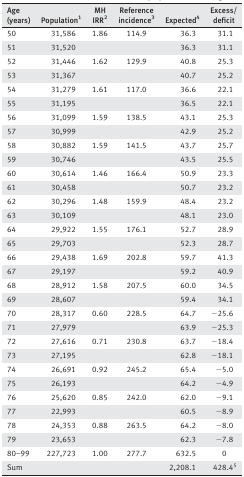
<table><thead><tr><td><b>Age (years)</b></td><td><b>Population1</b></td><td><b>MH IRR2</b></td><td><b>Reference incidence3</b></td><td><b>Expected4</b></td><td><b>Excess/deficit</b></td></tr></thead><tbody><tr><td>50</td><td>31,586</td><td>1.86</td><td>114.9</td><td>36.3</td><td>31.1</td></tr><tr><td>51</td><td>31,520</td><td></td><td></td><td>36.3</td><td>31.1</td></tr><tr><td>52</td><td>31,446</td><td>1.62</td><td>129.9</td><td>40.8</td><td>25.3</td></tr><tr><td>53</td><td>31,367</td><td></td><td></td><td>40.7</td><td>25.2</td></tr><tr><td>54</td><td>31,279</td><td>1.61</td><td>117.0</td><td>36.6</td><td>22.1</td></tr><tr><td>55</td><td>31,195</td><td></td><td></td><td>36.5</td><td>22.1</td></tr><tr><td>56</td><td>31,099</td><td>1.59</td><td>138.5</td><td>43.1</td><td>25.3</td></tr><tr><td>57</td><td>30,999</td><td></td><td></td><td>42.9</td><td>25.2</td></tr><tr><td>58</td><td>30,882</td><td>1.59</td><td>141.5</td><td>43.7</td><td>25.7</td></tr><tr><td>59</td><td>30,746</td><td></td><td></td><td>43.5</td><td>25.5</td></tr><tr><td>60</td><td>30,614</td><td>1.46</td><td>166.4</td><td>50.9</td><td>23.3</td></tr><tr><td>61</td><td>30,458</td><td></td><td></td><td>50.7</td><td>23.2</td></tr><tr><td>62</td><td>30,296</td><td>1.48</td><td>159.9</td><td>48.4</td><td>23.2</td></tr><tr><td>63</td><td>30,109</td><td></td><td></td><td>48.1</td><td>23.0</td></tr><tr><td>64</td><td>29,922</td><td>1.55</td><td>176.1</td><td>52.7</td><td>28.9</td></tr><tr><td>65</td><td>29,703</td><td></td><td></td><td>52.3</td><td>28.7</td></tr><tr><td>66</td><td>29,438</td><td>1.69</td><td>202.8</td><td>59.7</td><td>41.3</td></tr><tr><td>67</td><td>29,197</td><td></td><td></td><td>59.2</td><td>40.9</td></tr><tr><td>68</td><td>28,912</td><td>1.58</td><td>207.5</td><td>60.0</td><td>34.5</td></tr><tr><td>69</td><td>28,607</td><td></td><td></td><td>59.4</td><td>34.1</td></tr><tr><td>70</td><td>28,317</td><td>0.60</td><td>228.5</td><td>64.7</td><td>−25.6</td></tr><tr><td>71</td><td>27,979</td><td></td><td></td><td>63.9</td><td>−25.3</td></tr><tr><td>72</td><td>27,616</td><td>0.71</td><td>230.8</td><td>63.7</td><td>−18.4</td></tr><tr><td>73</td><td>27,195</td><td></td><td></td><td>62.8</td><td>−18.1</td></tr><tr><td>74</td><td>26,691</td><td>0.92</td><td>245.2</td><td>65.4</td><td>−5.0</td></tr><tr><td>75</td><td>26,193</td><td></td><td></td><td>64.2</td><td>−4.9</td></tr><tr><td>76</td><td>25,620</td><td>0.85</td><td>242.0</td><td>62.0</td><td>−9.1</td></tr><tr><td>77</td><td>22,993</td><td></td><td></td><td>60.5</td><td>−8.9</td></tr><tr><td>78</td><td>24,353</td><td>0.88</td><td>263.5</td><td>64.2</td><td>−8.0</td></tr><tr><td>79</td><td>23,653</td><td></td><td></td><td>62.3</td><td>−7.8</td></tr><tr><td>80–99</td><td>227,723</td><td>1.00</td><td>277.7</td><td>632.5</td><td>0</td></tr><tr><td>Sum</td><td></td><td></td><td></td><td>2,208.1</td><td>428.45</td></tr></tbody></table>